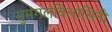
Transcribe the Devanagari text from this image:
सुमंगलविलासिनी